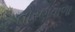
તોરણવાળા